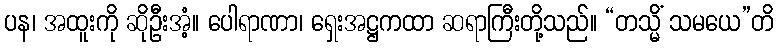
ပန၊ အထူးကို ဆိုဦးအံ့။ ပေါရာဏာ၊ ရှေးအဋ္ဌကထာ ဆရာကြီးတို့သည်။ “တသ္မိံ သမယေ”တိ